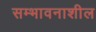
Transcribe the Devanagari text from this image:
सम्भावनाशील